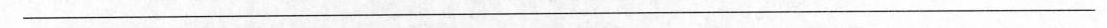
\underline